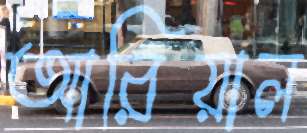
আরিয়াল